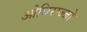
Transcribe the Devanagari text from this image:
ओधिराज्जो